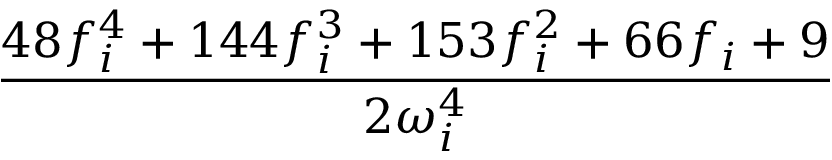
\frac { 4 8 f _ { i } ^ { 4 } + 1 4 4 f _ { i } ^ { 3 } + 1 5 3 f _ { i } ^ { 2 } + 6 6 f _ { i } + 9 } { 2 \omega _ { i } ^ { 4 } }